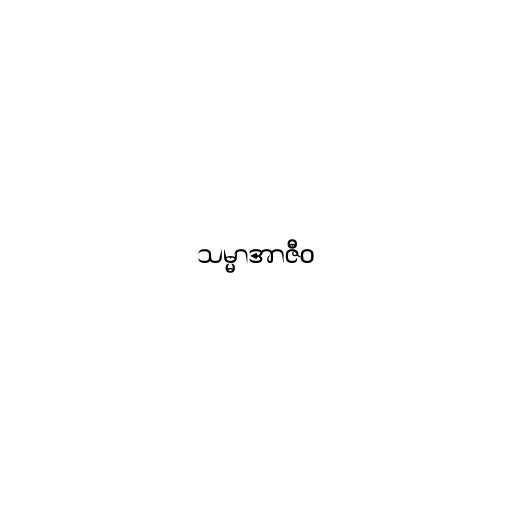
သမ္မာအာဇီဝ